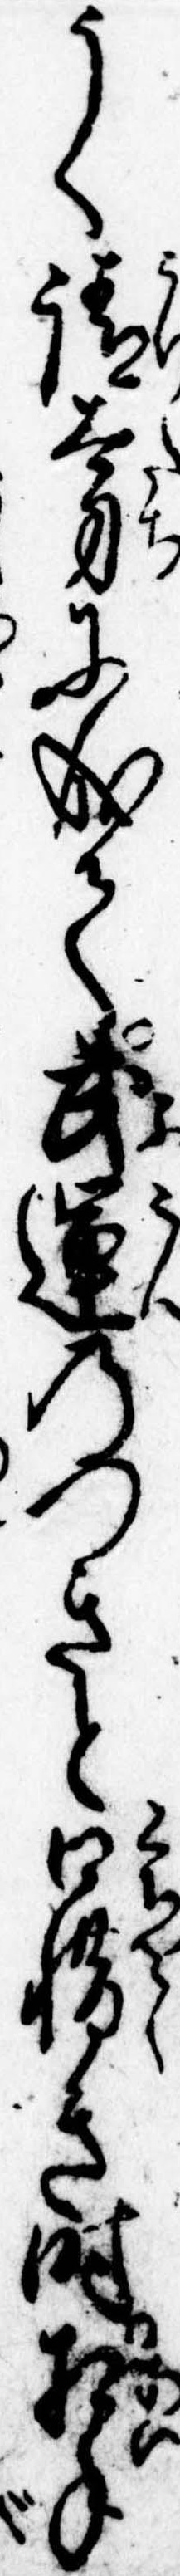
うく請太刀に成て武運のつきと口惜き時相手